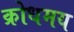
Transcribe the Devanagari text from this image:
क्रोधमय